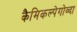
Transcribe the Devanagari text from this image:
कैमिकल्पेगोव्दा